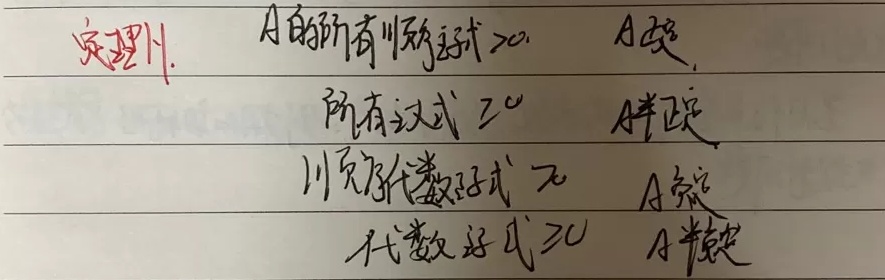
定理1.1.
- \(A\)的所有顺序主子式\(>0\)，则\(A\)正定.
- 所有主子式\(\geq0\)，则\(A\)半正定.
- 奇数阶代数余子式\(>0\)，则\(A\)负定.
- 代数余子式\(\leq0\)，则\(A\)半负定.